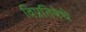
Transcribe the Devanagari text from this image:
विप्रतिषेधे